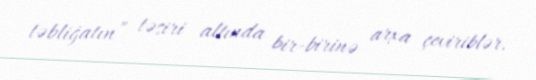
təbliğatın” təsiri altında bir-birinə arxa çeviriblər.